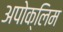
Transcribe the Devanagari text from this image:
अपोक्लिम